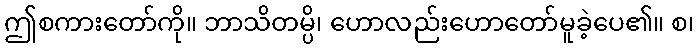
ဤစကားတော်ကို။ ဘာသိတမ္ပိ၊ ဟောလည်းဟောတော်မူခဲ့ပေ၏။ စ၊